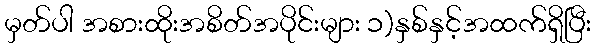
မှတ်ပါ အစားထိုးအစိတ်အပိုင်းများ ၁)နှစ်နှင့်အထက်ရှိပြီး